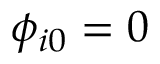
\phi _ { i 0 } = 0